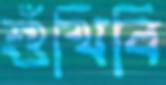
শুঁখিবি